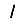
Digit: 1